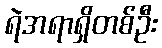
ရဲအရာရှိတစ်ဦး